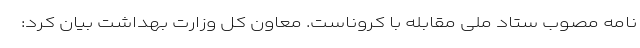
نامه مصوب ستاد ملی مقابله با کروناست. معاون کل وزارت بهداشت بیان کرد: